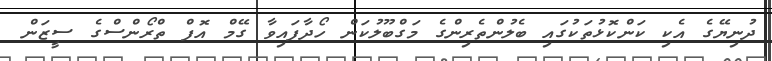
ދުނިޔޭގެ އެކި ކަންކޮޅުތަކުގައި ބެލުންތެރިންގެ މަގްބޫލުކަން ހޯދާފައިވާ ގޭމް އޮފް ތްރޯންސްގެ ސީޒަން